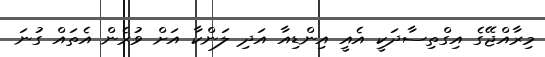
މިރާއްޖޭގެ އިގްތިސާދަކީ އެއީ އިންޑިއާ އަދި ލަންކާ އަށް ވުރެން އެތައް ގުނަ